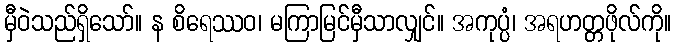
မှီဝဲသည်ရှိသော်။ န စိရေဿဝ၊ မကြာမြင်မှီသာလျှင်။ အကုပ္ပံ၊ အရဟတ္တဖိုလ်ကို။